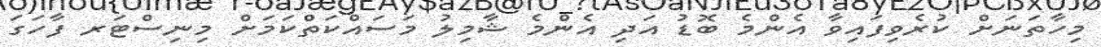
މިހާތަނަށް ކުރެވިފައިވާ އެންމެ ބޮޑު އަދި އެންމެ ޝާމިލު މަސައްކަތްކަމަށް މިނިސްޓަރ ފާހަގަ